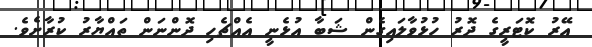
އޭރު ކޮޓަރީގެ ދޮރު ހުޅުވާލައިގެން ޝަބާ އުޅެނީ އެއްޗެހި ދޮންނަން ތައްޔާރު ކުރާށެވެ.